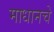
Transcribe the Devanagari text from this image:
माधानचे